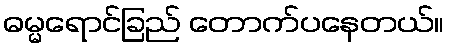
ဓမ္မရောင်ခြည် တောက်ပနေတယ်။